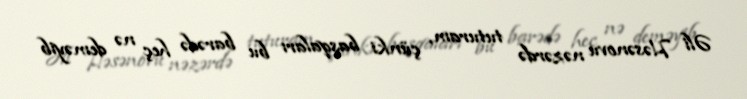
Əli Həsənovu nəzərdə tuturam, çünki başqaları bu barədə heç nə deməyib